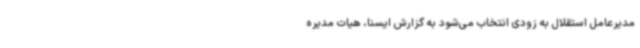
مدیرعامل استقلال به‌ زودی انتخاب می‌شود به گزارش ایسنا، هیات مدیره